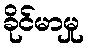
ခိုင်မာမှု